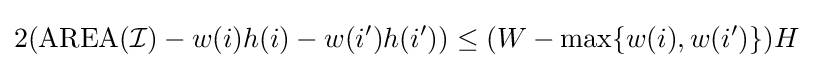
2(\mathrm {AREA} ({\mathcal {I}})-w(i)h(i)-w(i')h(i'))\leq (W-\max\{w(i),w(i')\})H